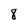
Character: 8